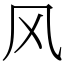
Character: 风